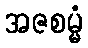
အဇစမ္မံ